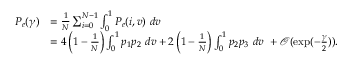
\begin{array} { r l } { P _ { e } ( \gamma ) } & { = \frac { 1 } { N } \sum _ { i = 0 } ^ { N - 1 } \int _ { 0 } ^ { 1 } P _ { e } ( i , v ) ~ d v } \\ & { = 4 \left( 1 - \frac { 1 } { N } \right) \int _ { 0 } ^ { 1 } p _ { 1 } p _ { 2 } ~ d v + 2 \left( 1 - \frac { 1 } { N } \right) \int _ { 0 } ^ { 1 } p _ { 2 } p _ { 3 } ~ d v ~ + \mathcal { O } ( \exp ( - \frac { \gamma } { 2 } ) ) . } \end{array}